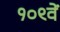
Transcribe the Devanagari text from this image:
१०९वें